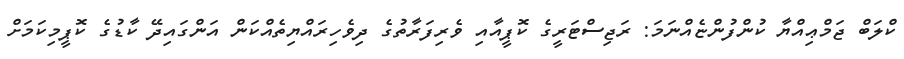
ކްލަބް ޖަމްޢިއްޔާ ކުންފުންޏެއްނަމަ: ރަޖިސްޓަރީގެ ކޮޕީއާއި ވެރިފަރާތުގެ ދިވެހިރައްޔިތެއްކަން އަންގައިދޭ ކާޑުގެ ކޮޕީމިކަމަށް